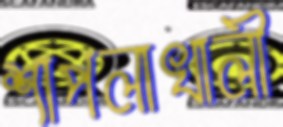
শাপলাখালী